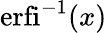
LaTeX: \operatorname{erfi}^{-1}(x)